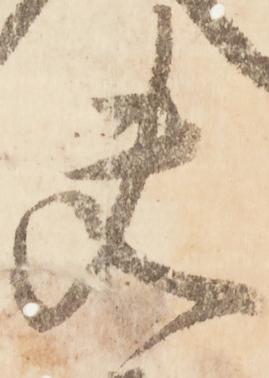
夫